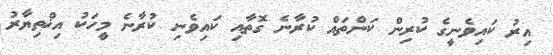
އިރު ކައިވެނީގެ ކުރިން ކަންތައް ކުރާނެ ގޮތާއި ކައިވެނި ކުރާނެ މީހަކު އިޚްތިޔާރު